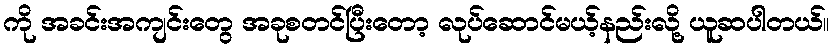
ကို အခင်းအကျင်းတွေ အခုစတင်ပြီးတော့ လုပ်ဆောင်မယ့်နည်းလို့ ယူဆပါတယ်။